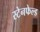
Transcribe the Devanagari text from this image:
स्टेनफेल्ड